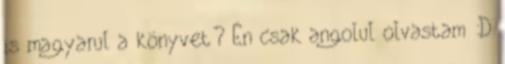
is magyarul a könyvet? Én csak angolul olvastam :D